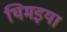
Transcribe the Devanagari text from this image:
थिमइया